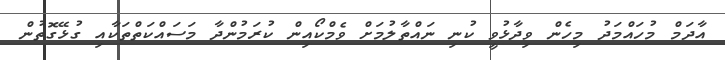
އާދަމް މުހައްމަދު މިހެން ވިދާޅުވީ ކުނި ނައްތާލުމަށް ވެމްކޯއިން ކުރަމުންދާ މަސައްކަތްތަކާއި ގުޅޭގޮތުން